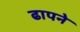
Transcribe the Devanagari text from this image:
ढापने